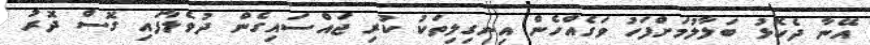
އޭނާ ދެކޮޅު ބަލާލުމަށްފަހު ވަގެއްހެން އިނގިލިތަކު ކުރި ޖައްސައިގެން ދުވެލާފައި ގޮސް ދޮރު